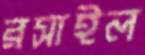
রসাইল